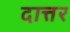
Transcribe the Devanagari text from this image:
दात्तर